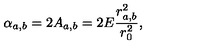
\alpha _ { a , b } = 2 A _ { a , b } = 2 E \frac { r _ { a , b } ^ { 2 } } { r _ { 0 } ^ { 2 } } ,